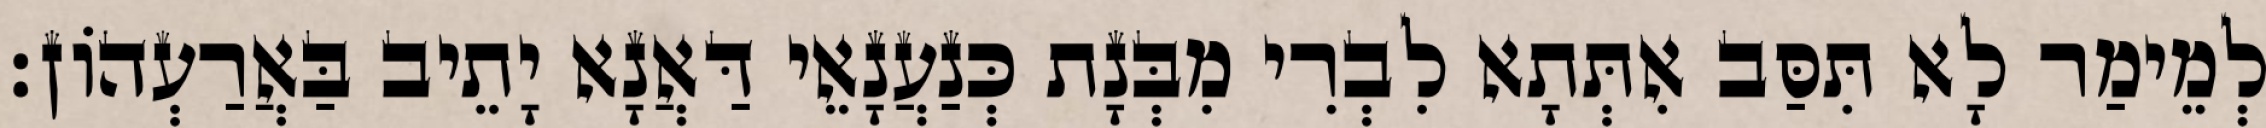
לְמֵימַר לָא תִּסַּב אִתְּתָא לִבְרִי מִבְּנָת כְּנַעֲנָאֵי דַּאֲנָא יָתֵיב בַּאֲרַעְהוֹן׃